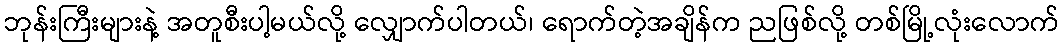
ဘုန်းကြီးများနဲ့ အတူစီးပါ့မယ်လို့ လျှောက်ပါတယ်၊ ရောက်တဲ့အချိန်က ညဖြစ်လို့ တစ်မြို့လုံးလောက်